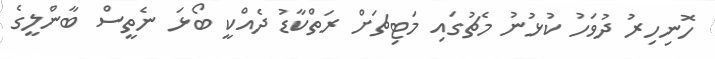
ހޮނިހިރު ދުވަހު ކުޅުނު މެޗުގައި މަޓިޗަށް ރަތްކާޑު ދެއްކީ ބޯޅަ ނެތީސް ބާންލީގެ